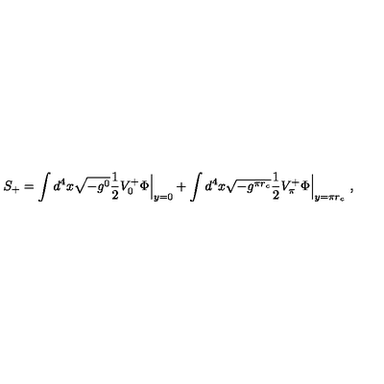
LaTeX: S _ { + } = \int d ^ { 4 } x \sqrt { - g ^ { 0 } } \frac { 1 } { 2 } V _ { 0 } ^ { + } \Phi \Bigr | _ { y = 0 } + \int d ^ { 4 } x \sqrt { - g ^ { \pi r _ { c } } } \frac { 1 } { 2 } V _ { \pi } ^ { + } \Phi \Bigr | _ { y = \pi r _ { c } } \ ,